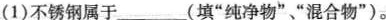
(1)不锈钢属于___（填”纯净物””混合物”）。